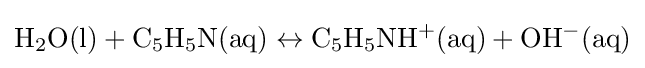
\mathrm {H_{2}O(l)+C_{5}H_{5}N(aq)\leftrightarrow C_{5}H_{5}NH^{+}(aq)+OH^{-}(aq)}